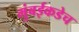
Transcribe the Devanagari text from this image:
मुंबईकडेच